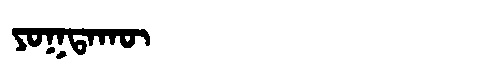
Manchu: ᠶᠣᡴᡨᠠᡴᡡ
Romanization: YOKTAKŪ